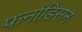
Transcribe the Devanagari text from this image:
फर्नांडिसने